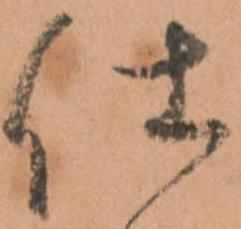
仕